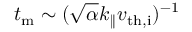
t _ { \mathrm { m } } \sim ( \sqrt { \alpha } k _ { \parallel } v _ { \mathrm { t h , i } } ) ^ { - 1 }